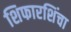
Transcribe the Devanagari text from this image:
शिफारशिंचा